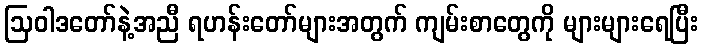
ဩဝါဒတော်နဲ့အညီ ရဟန်းတော်များအတွက် ကျမ်းစာတွေကို များများရေပြီး